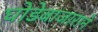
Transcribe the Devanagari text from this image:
घोडेबाजाराने